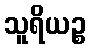
သူရိယဉ္စ